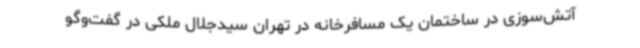
آتش‌سوزی در ساختمان یک مسافرخانه در تهران سیدجلال ملکی در گفت‌وگو